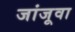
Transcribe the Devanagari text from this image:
जांजूवा